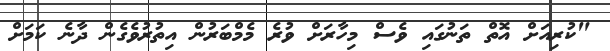
"ކުރިއަށް އޮތް ތަނުގައި ވެސް މިހާރަށް ވުރެ މެމްބަރުން އިތުރުވެގެން ދާނެ ކަމަށް